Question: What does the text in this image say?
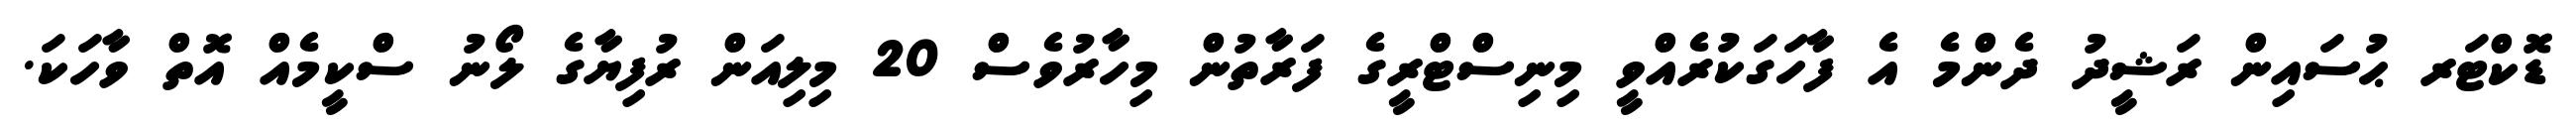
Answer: ޑޮކްޓަރ ޙުސައިން ރަޝީދު ދެންމެ އެ ފާހަގަކުރެއްވީ މިނިސްޓްރީގެ ފަރާތުން މިހާރުވެސް 20 މިލިއަން ރުފިޔާގެ ލޯނު ސްކީމެއް އޮތް ވާހަކަ.